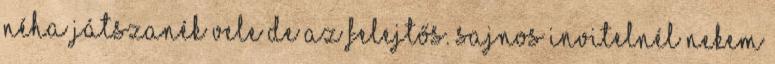
néha játszanék vele de az felejtős. sajnos Invitelnél nekem